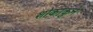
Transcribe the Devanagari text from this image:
शोकाकुने